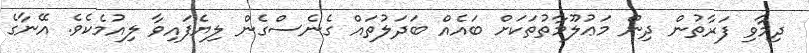
ދިމާވި ފަރާތުން ދިން މަޢުލޫމާތުތަކަށް ބައެއް ބަދަލުތައް ގެނެސްގެން ލިޔެފައިވާ ލިއުމެކެވެ. އޭނާގެ